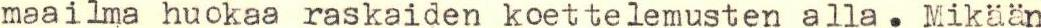
maailma huokaa raskaiden koettelemusten alla. Mikään